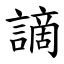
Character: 謫